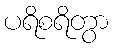
ပရိစရိတွာ